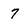
Character: 7